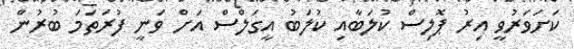
ކަށަވަރުވީ އިރު ޕޮލިސް ކުލަބާއި ކުލަބު އީގަލްސް އަށް ވަނީ ފުރަތަމަ ބުރުން